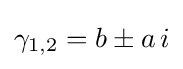
\gamma _{1,2}=b\pm a\,i